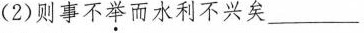
( 2 )则事不举而水利不兴矣___